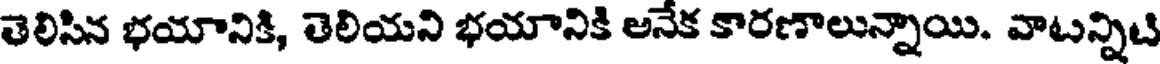
తెలిసిన భయానికి, తెలియని భయానికి అనేక కారణాలున్నాయి. వాటన్నిటి